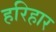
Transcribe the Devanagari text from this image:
हरिहार